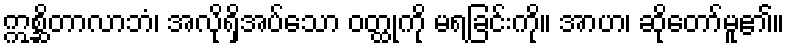
ဣစ္ဆိတာလာဘံ၊ အလိုရှိအပ်သော ဝတ္ထုကို မရခြင်းကို။ အာဟ၊ ဆိုတော်မူ၏။